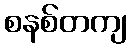
စနစ်တကျ